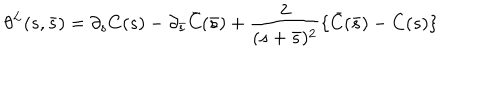
\theta ^ { L } ( s , \bar { s } ) = \partial _ { s } C ( s ) - \partial _ { \bar { s } } \bar { C } ( \bar { s } ) + \frac { 2 } { ( s + \bar { s } ) ^ { 2 } } \{ \bar { C } ( \bar { s } ) - C ( s ) \}